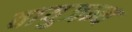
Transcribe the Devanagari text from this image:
वायुजन्य